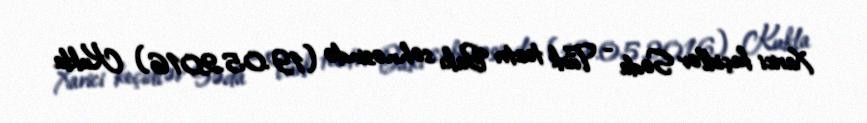
Xarici keçidlər Səda - Türk teatrı Bakı səhnəsində (19.05.2016) Kukla